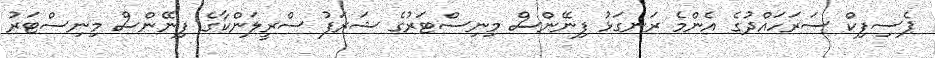
ޕެސިފިކް ސަރަހައްދުގެ އެންމެ ރަނގަޅު ފިނޭންސް މިނިސްޓަރުގެ ޝަރަފު ސްރީލަންކާގެ ފިނޭންސް މިނިސްޓަރު